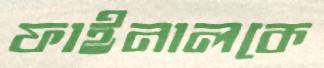
ফাইনালকে